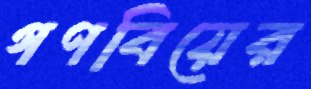
গণবিয়ের